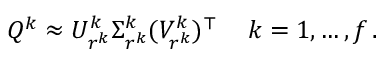
\begin{array} { r } { Q ^ { k } \approx U _ { r ^ { k } } ^ { k } \Sigma _ { r ^ { k } } ^ { k } ( V _ { r ^ { k } } ^ { k } ) ^ { \top } \, \quad k = 1 , \dots , f \, . } \end{array}